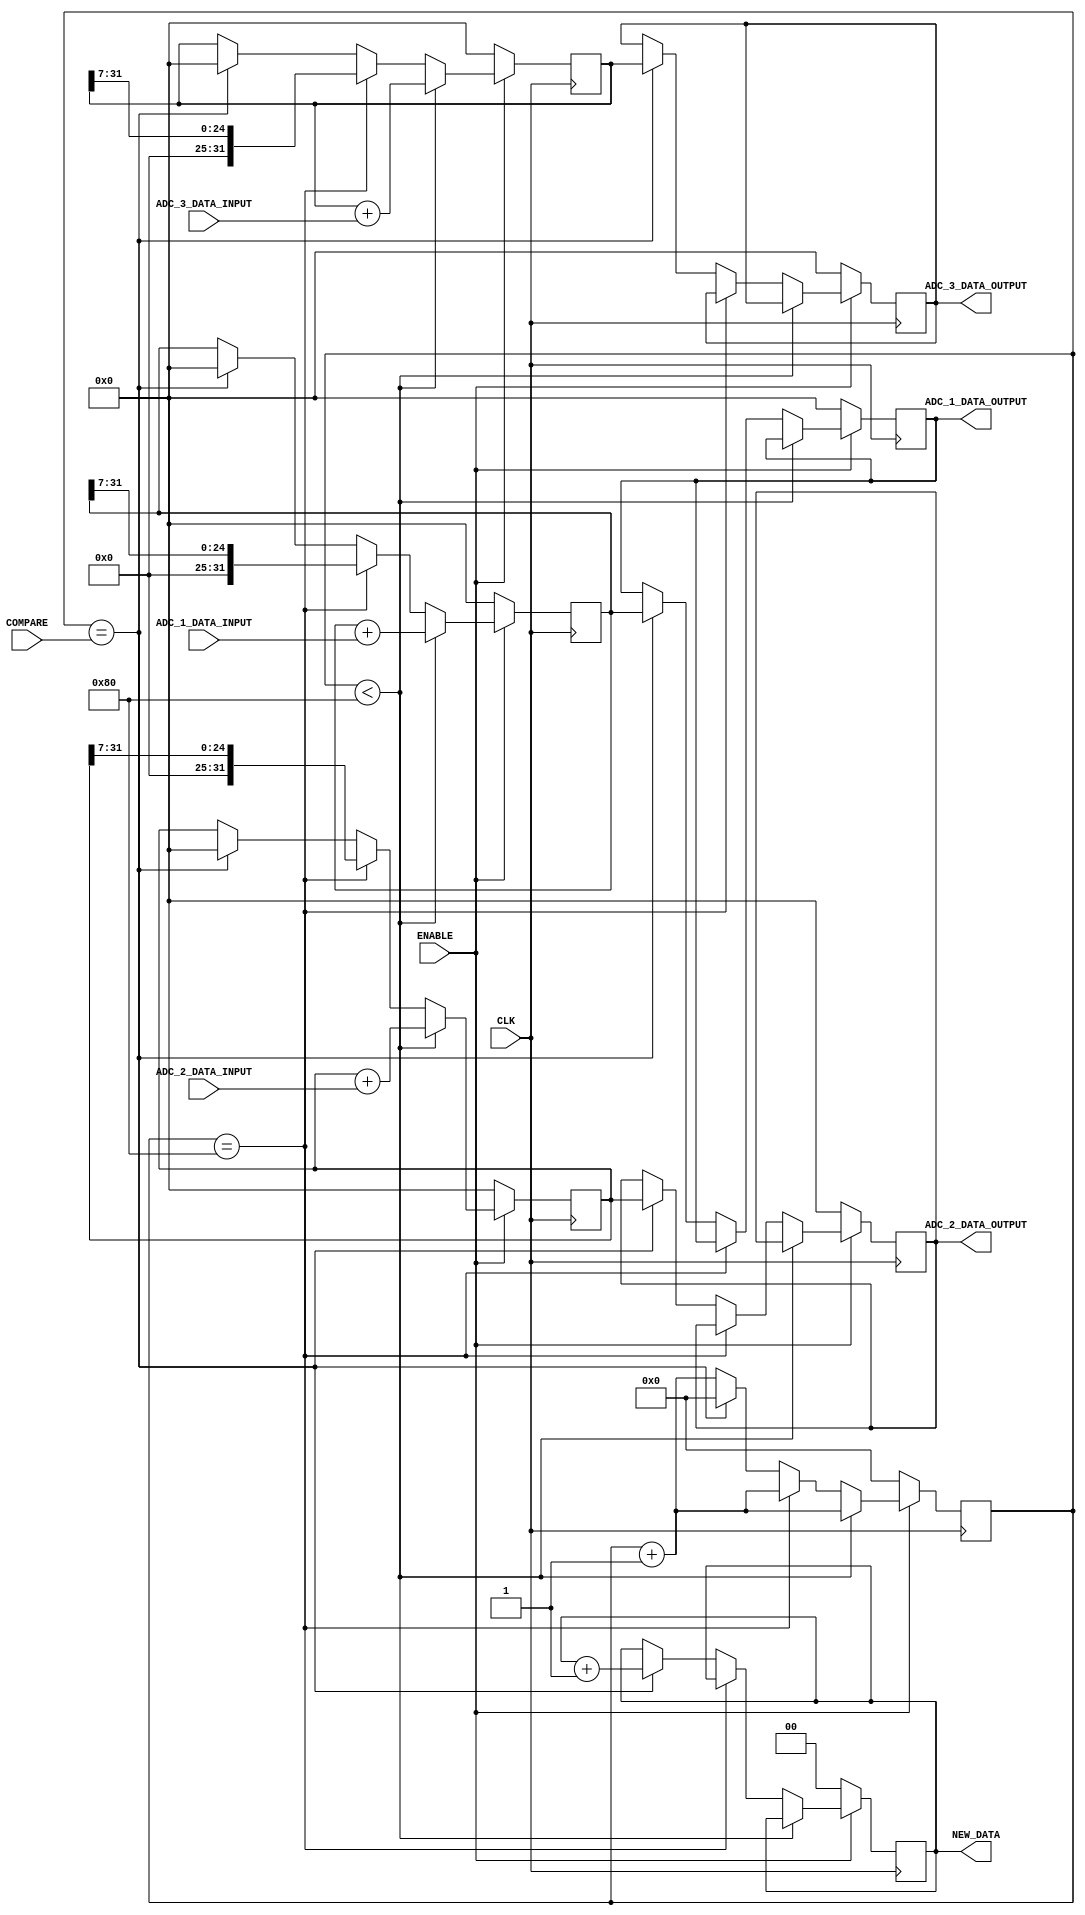
`timescale 1ns / 1ps
//////////////////////////////////////////////////////////////////////////////////
// Company: 
// Engineer: 
// 
// Design Name: 
// Module Name: seno
// Project Name: 
// Target Devices: 
// Tool Versions: 
// Description: 
// 
// Dependencies: 
// 
// Revision:
// Revision 0.01 - File Created
// Additional Comments:
// 
//////////////////////////////////////////////////////////////////////////////////


module display(
    
    input ENABLE,   
    input [30:0] COMPARE,
    input [11:0] ADC_1_DATA_INPUT,
    input [11:0] ADC_2_DATA_INPUT,
    input [11:0] ADC_3_DATA_INPUT,
    input CLK,
    output reg [31:0] ADC_1_DATA_OUTPUT,
    output reg [31:0] ADC_2_DATA_OUTPUT,
    output reg [31:0] ADC_3_DATA_OUTPUT,
    output reg [1:0] NEW_DATA 

    );


     reg [30:0] count; 
     reg [31:0] adc_1_media;
     reg [31:0] adc_2_media;
     reg [31:0] adc_3_media;
     reg [31:0] adc_div;
     reg [31:0] adc_acc;     
 

 initial begin
        adc_acc = 128;      // parmetros internos para mdia 
        adc_div = 7;        // ...
    end
    
    
    always @(posedge CLK)
	begin
	  if (!ENABLE)
	    begin
	      count <= 0;
	      ADC_1_DATA_OUTPUT <= 0;
	      ADC_2_DATA_OUTPUT <= 0;
	      ADC_3_DATA_OUTPUT <= 0;
	      NEW_DATA <= 2'b0;
	      adc_1_media <= 0;
	      adc_2_media <= 0;
	      adc_3_media <= 0;
	    end 
	  else
	    begin    
  
          if (count < 128)
          begin
            adc_1_media <= adc_1_media + {20'd0, ADC_1_DATA_INPUT};  
            adc_2_media <= adc_2_media + {20'd0, ADC_2_DATA_INPUT}; 
            adc_3_media <= adc_3_media + {20'd0, ADC_3_DATA_INPUT}; 
	        count <= count+1;
          end 
          else if (count == 128)
          begin
            adc_1_media <= adc_1_media >> 7;  
            adc_2_media <= adc_2_media >> 7;
            adc_3_media <= adc_3_media >> 7; 
            count <= count + 1;    
          end                        
	      else if (count == COMPARE)
	      begin
	          NEW_DATA <= NEW_DATA + 1;
	          ADC_1_DATA_OUTPUT <= adc_1_media;           // register read data
	          ADC_2_DATA_OUTPUT <= adc_2_media;     // register read data
	          ADC_3_DATA_OUTPUT <= adc_3_media;     // register read data
	          count <= 0;
              adc_1_media = 0;
	         adc_2_media = 0;
	        	adc_3_media = 0;
	      end 	      
	    //   else if (count > COMPARE)  begin
	    //   		adc_1_media <= 0;
	    //     	adc_2_media <= 0;
	    //     	adc_3_media <= 0;
	    //     	count <= 0;
	    //   end 	      
	      else
	      begin
	        count <= count + 1;
	      end 
    
	    end
	end    
	// User logic ends
    

endmodule